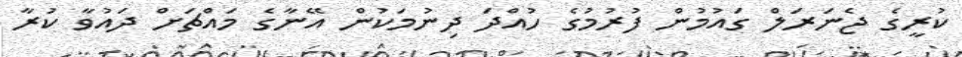
ކުރީގެ ޖެނަރަލް ގައުމުން ފުރުމުގެ ހުއްދަ ދިނުމަކުން އޭނާގެ މައްޗަށް ދައުވާ ކުރާ